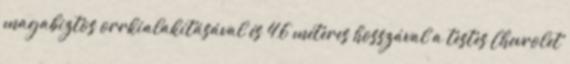
magabiztos orrkialakításával és 4,6 méteres hosszával a testes Chevrolet